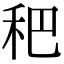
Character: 𥝧